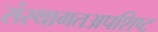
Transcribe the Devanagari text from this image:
संस्थागतअपशिष्ट